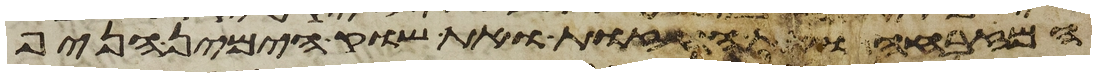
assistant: המזבחה ואת החזות ואת שוק הימין הניף